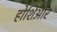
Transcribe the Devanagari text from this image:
होशिआर